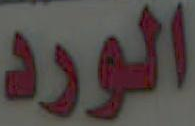
الورد